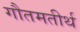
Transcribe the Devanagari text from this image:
गौतमतीर्थ